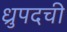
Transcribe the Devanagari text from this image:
ध्रुपदची